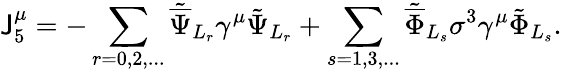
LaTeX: {\mathsf{J}_{5}^{\mu}}=-\sum_{r=0,2,...}{\tilde{{\overline{{{\Psi}}}}}}_{L_{r}}\gamma^{\mu}\tilde{{\Psi}}_{L_{r}}+\sum_{s=1,3,...}{\tilde{{\overline{{{\Phi}}}}}}_{L_{s}}\sigma^{3}\gamma^{\mu}\tilde{{\Phi}}_{L_{s}}.